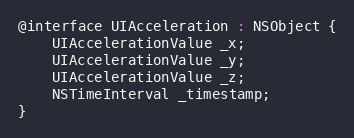
Language: C
@interface UIAcceleration : NSObject {
    UIAccelerationValue _x;
    UIAccelerationValue _y;
    UIAccelerationValue _z;
    NSTimeInterval _timestamp;
}